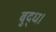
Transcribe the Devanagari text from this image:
बुद्ध।